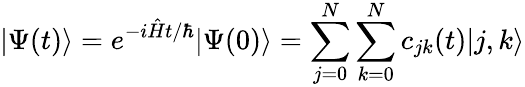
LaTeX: |\Psi(t)\rangle=e^{-i\hat{H}t/\hbar}|\Psi(0)\rangle=\sum_{j=0}^{N}\sum_{k=0}^{N}c_{jk}(t)|j,k\rangle